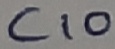
Text: C10